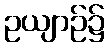
ဥယျာဉ်၌